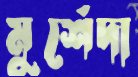
মুর্শেদা